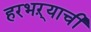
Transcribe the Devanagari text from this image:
हरभऱ्याची